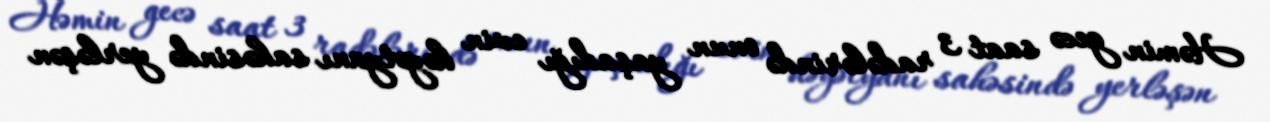
Həmin gecə saat 3 radələrində onun yaşadığı evin həyətyanı sahəsində yerləşən